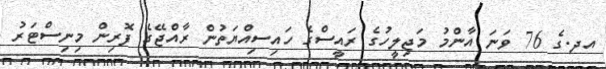
އދ.ގެ 76 ވަނަ އާންމު މަޖިލީހުގެ ރައީސްގެ ހައިސިއްޔަތުން ރާއްޖޭގެ ފޮރިން މިނިސްޓަރު